Investigations into the jail dietaries of the United Provinces with some observations on the influence of dietary on the physical development and well-being of the people of the United Provinces - Number 48
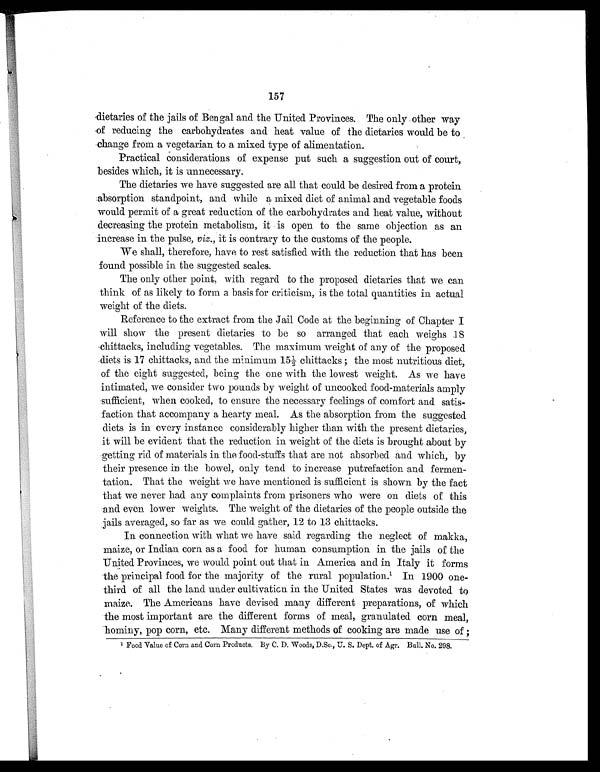
157
dietaries of the jails of Bengal and the United Provinces. The only other way
of reducing the carbohydrates and heat value of the dietaries would be to
change from a vegetarian to a mixed type of alimentation.
Practical considerations of expense put such a suggestion out of court,
besides which, it is unnecessary.
The dietaries we have suggested are all that could be desired from a protein
absorption standpoint, and while a mixed diet of animal and vegetable foods
would permit of a great reduction of the carbohydrates and heat value, without
decreasing the protein metabolism, it is open to the same objection as an
increase in the pulse, viz., it is contrary to the customs of the people.
We shall, therefore, have to rest satisfied with the reduction that has been
found possible in. the suggested scales.
The only other point, with regard to the proposed dietaries that we can
think of as likely to form a basis for criticism, is the total quantities in actual
weight of the diets.
Reference to the extract from the Jail Code at the beginning of Chapter I
will show the present dietaries to be so arranged that each weighs 18
chittacks, including vegetables. The maximum weight of any of the proposed
diets is 17 chittacks, and the minimum 15½ chittacks ; the most nutritious diet,
of the eight suggested, being the one with the lowest weight. As we have
intimated, we consider two pounds by weight of uncooked food-materials amply
sufficient, when cooked, to ensure the necessary feelings of comfort and satis
- f a c t i o n t h a t a c c o m p a n y a h e a r t y m e a l . A s t h e a b s o r p t i o n f r o m t h e s u g g e s t e d
diets is in every instance considerably higher than with the present dietaries,
it will be evident that the reduction in weight of the diets is brought about by
getting rid of materials in the food-stuffs that are not absorbed and which, by
their presence in the bowel, only tend to increase putrefaction and fermen-
tation. That the weight we have mentioned is sufficient is shown by the fact
that we never had any complaints from prisoners who were on diets of this
and even lower weights. The weight of the dietaries of the people outside the
jails averaged, so far as we could gather, 12 to 13 chittacks.
In connection with what we have said regarding the neglect of makka,
maize, or Indian corn as a food for human consumption in the jails of the
United Provinces, we would point out that in America and in Italy it forms
the principal food for the majority of the rural population. 1 In 1900 one-
third of all the land under cultivaticn in the United States was devoted to
maize. The Americans have devised many different preparations, of which
the most important are the different forms of meal, granulated corn meal,
hominy, pop corn, etc. Many different methods of cooking are made use of ;
1 Food Value of Corn and Corn Products. By C. D. Woods, D.Sc., U. S. Dept. of Agr. Bull. No. 298.